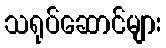
သရုပ်ဆောင်များ